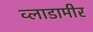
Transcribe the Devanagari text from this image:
व्लाडामीर